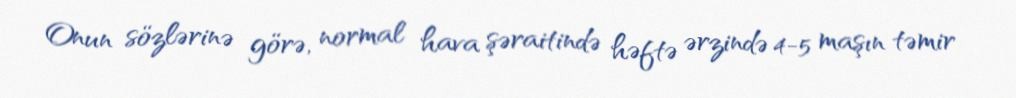
Onun sözlərinə görə, normal hava şəraitində həftə ərzində 4-5 maşın təmir